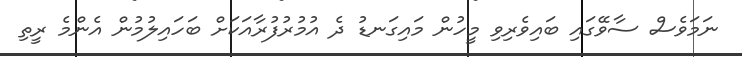
ނަމަވެސް ސާވޭގައި ބައިވެރިވި މީހުން މައިގަނޑު ދެ އުމުރުފުރާއަކަށް ބަހައިލުމުން އެންމެ ރީތި